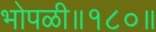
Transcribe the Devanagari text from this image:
भोपळी॥१८०॥